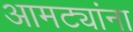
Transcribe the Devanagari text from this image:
आमट्यांना